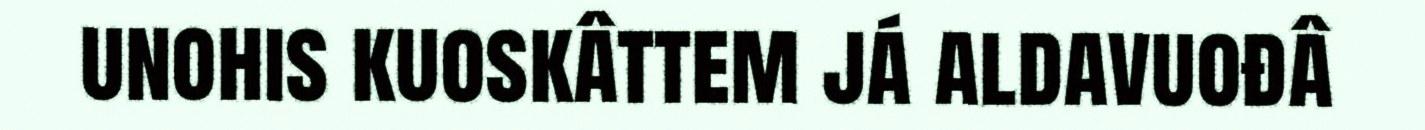
unohis kuoskâttem já aldavuođâ